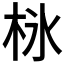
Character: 𣐚